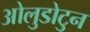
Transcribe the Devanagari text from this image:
ओलुडोटुन